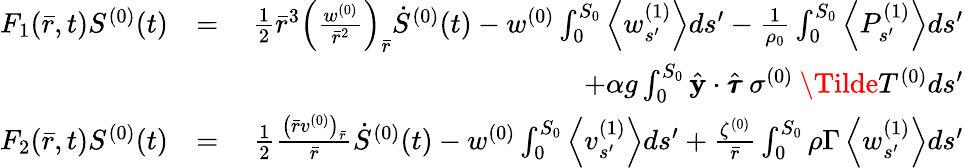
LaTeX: \begin{array}{rlr}{F_{1}(\bar{r},t)S^{(0)}(t)}&{=}&{\frac{1}{2}\bar{r}^{3}\left(\frac{w^{(0)}}{\bar{r}^{2}}\right)_{\bar{r}}\dot{S}^{(0)}(t)-w^{(0)}\int_{0}^{S_{0}}\left<w_{s^{\prime}}^{(1)}\right>ds^{\prime}-\frac{1}{\rho_{0}}\int_{0}^{S_{0}}\left<P_{s^{\prime}}^{(1)}\right>ds^{\prime}}\\ &{\quad}&{\quad\quad+\alpha g\int_{0}^{S_{0}}\hat{\mathbf{y}}\cdot\hat{\pmb{\tau}}\: \sigma^{(0)}\: \Tilde{T}^{(0)}ds^{\prime}}\\ {F_{2}(\bar{r},t)S^{(0)}(t)}&{=}&{\frac{1}{2}\frac{\left(\bar{r}v^{(0)}\right)_{\bar{r}}}{\bar{r}}\dot{S}^{(0)}(t)-w^{(0)}\int_{0}^{S_{0}}\left<v_{s^{\prime}}^{(1)}\right>ds^{\prime}+\frac{\zeta^{(0)}}{\bar{r}}\int_{0}^{S_{0}}\rho\Gamma\left<w_{s^{\prime}}^{(1)}\right>ds^{\prime}}\end{array}